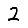
Digit: 2